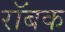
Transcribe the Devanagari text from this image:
रॉबक